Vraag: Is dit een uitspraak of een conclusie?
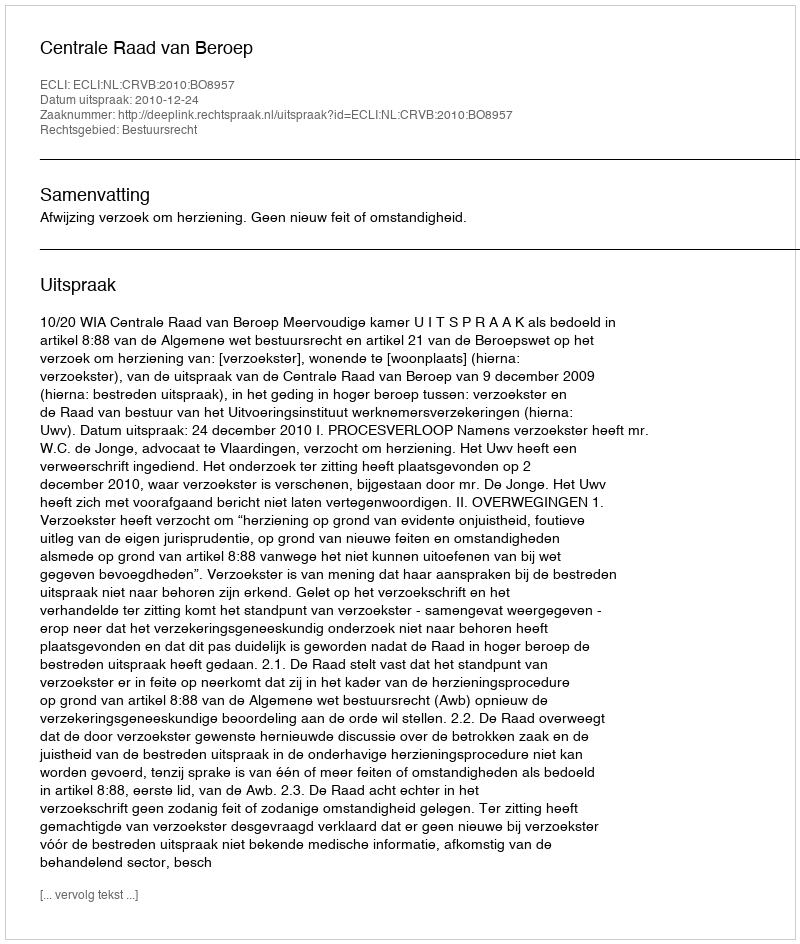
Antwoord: Uitspraak